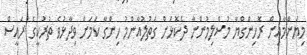
މިޔަންމާއިން ރޮހިންގްޔާ މުސްލިމުންނާ ދެކޮޅަށް ގަތުލުއާންމު ހިންގާ ކަމަށް ވިދާޅުވެ ތުރުކީގެ ރައީސް